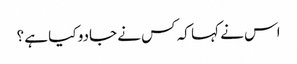
اس نے کہا کہ کس نے جادو کیا ہے ؟